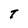
Character: T